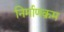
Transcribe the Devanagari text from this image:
निर्माणक्रम